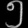
Digit: ၅